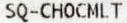
SQ-CHOCMLT